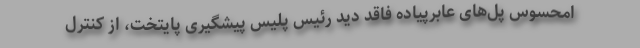
امحسوس پل‌های عابرپیاده فاقد دید رئیس پلیس پیشگیری پایتخت، از کنترل